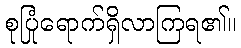
စုပြုံရောက်ရှိလာကြရ၏။